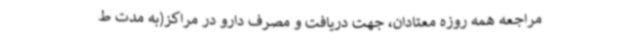
مراجعه همه روزه معتادان، جهت دریافت و مصرف دارو در مراکز(به مدت ط